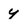
Character: y